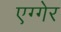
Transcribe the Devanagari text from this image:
एग्गेर